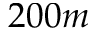
2 0 0 m